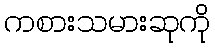
ကစားသမားဆုကို